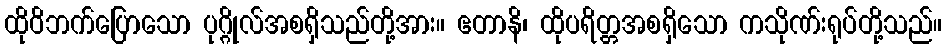
ထိုဝိဘက်ပြောသော ပုဂ္ဂိုလ်အစရှိသည်တို့အား။ ဧတာနိ၊ ထိုပရိတ္တအစရှိသော ကသိုဏ်းရုပ်တို့သည်။